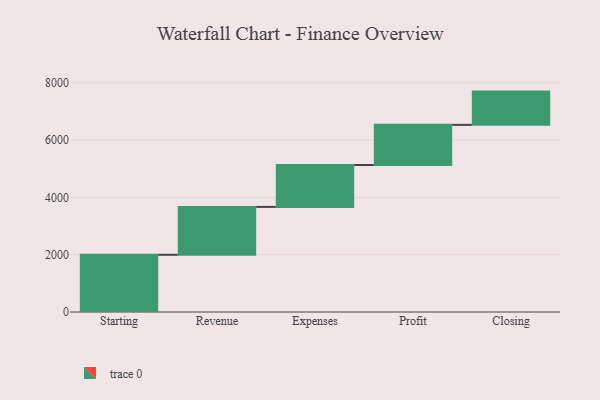
{"axis": {"x": "Step", "y": "Value"}, "legend": [""], "data": [{"x": "Starting", "y": 1998.0, "type": ""}, {"x": "Revenue", "y": 1672.0, "type": ""}, {"x": "Expenses", "y": 1463.0, "type": ""}, {"x": "Profit", "y": 1402.0, "type": ""}, {"x": "Closing", "y": 1161.0, "type": ""}]}